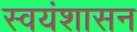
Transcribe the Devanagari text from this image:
स्वयंशासन